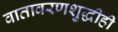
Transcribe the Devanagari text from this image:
वातावरणशुद्धीही